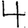
Digit: 4